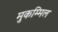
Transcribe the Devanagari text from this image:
मुकम्मिल